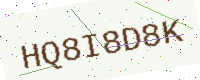
Text: HQ8I8D8K